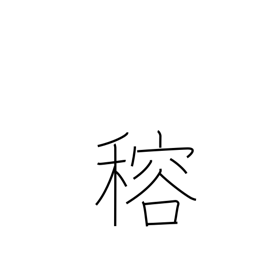
Meaning: (ghost kanji)